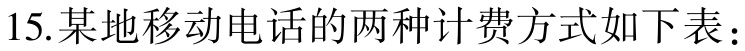
15.某地移动电话的两种计费方式如下表：